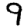
Digit: 9